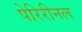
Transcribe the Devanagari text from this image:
पेरिरीनल